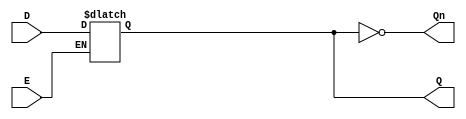
module GatedDLatch (
    input wire D,     // Data input
    input wire E,     // Enable signal
    output reg Q,     // Output
    output wire Qn    // Complement of Q
);

// Complement of Q
assign Qn = ~Q;

// Latch behavior: level-sensitive
always @ (D or E) begin
    if (E) begin
        Q <= D;  // Output follows the input when Enable is HIGH
    end
    // if E is LOW, Q retains its last value (hold state)
end

endmodule